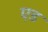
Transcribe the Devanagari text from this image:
ए़ड